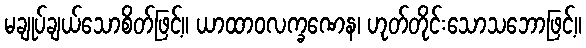
မချုပ်ချယ်သောစိတ်ဖြင့်။ ယာထာဝလက္ခဏေန၊ ဟုတ်တိုင်းသောသဘောဖြင့်။